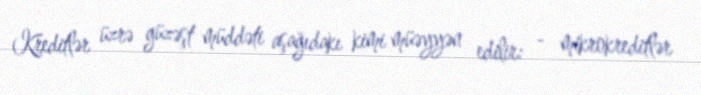
Kreditlər üzrə güzəşt müddəti aşağıdakı kimi müəyyən edilir: - mikrokreditlər